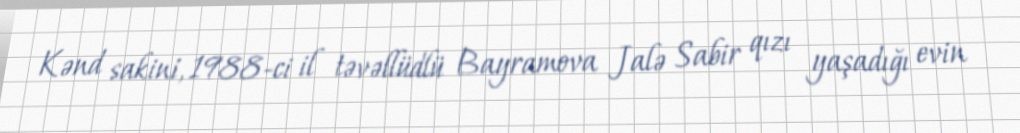
Kənd sakini, 1988-ci il təvəllüdlü Bayramova Jalə Sabir qızı yaşadığı evin